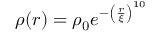
\rho ( r ) = \rho _ { 0 } e ^ { - \left( \frac { r } { \xi } \right) ^ { 1 0 } }